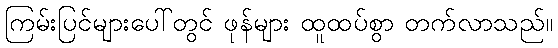
ကြမ်းပြင်များပေါ်တွင် ဖုန်များ ထူထပ်စွာ တက်လာသည်။